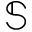
\mathbb { S }